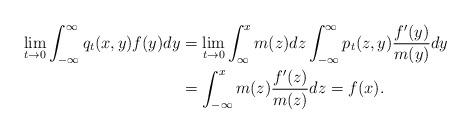
LaTeX: \begin{align*}\lim_{t\to 0}\int_{-\infty}^{\infty}q_t(x,y)f(y)dy&=\lim_{t\to 0}\int_{\infty}^{x}m(z)dz\int_{-\infty}^{\infty}p_t(z,y)\frac{f'(y)}{m(y)}dy\\&=\int_{-\infty}^{x}m(z)\frac{f'(z)}{m(z)}dz=f(x).\end{align*}